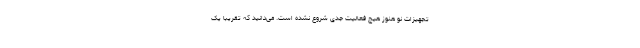
تجهیزات نو هنوز هیچ فعالیت جدی شروع نشده است. می‌دانید که تقریبا یک